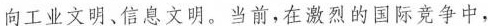
向工业文明、信息文明。当前，在激烈的国际竞争中，